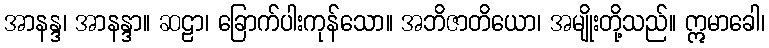
အာနန္ဒ၊ အာနန္ဒာ။ ဆဠာ၊ ခြောက်ပါးကုန်သော။ အဘိဇာတိယော၊ အမျိုးတို့သည်။ ဣမာခေါ၊